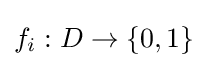
f_{i}:D\rightarrow \{0,1\}